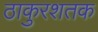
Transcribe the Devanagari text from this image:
ठाकुरशतक